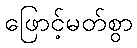
ဖြောင့်မတ်စွာ